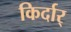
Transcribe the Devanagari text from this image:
किर्दार्